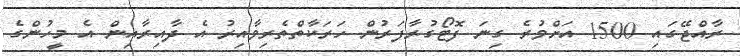
ރާއްޖޭގައި 1500 އަށްވުރެ ގިނަ ފޮޓޯގުރާފަރުން ހަރަކާތްތެރިވާއިރު އެ ދާއިރާއިން އެ މީހުންގެ